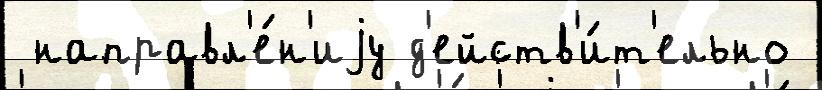
 направл'е́н'иjу д'ейств'и́т'ельно